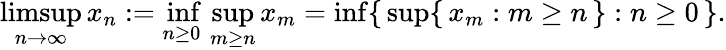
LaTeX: \operatorname*{limsup}_{n\to\infty}x_{n}:=\operatorname*{inf}_{n\geq 0}\, \operatorname*{sup}_{m\geq n}x_{m}=\operatorname*{inf}\{ \, \operatorname*{sup}\{ \, x_{m}:m\geq n\, \} :n\geq 0\, \} .